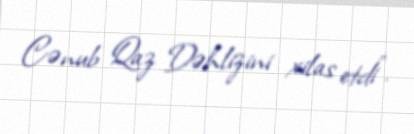
Cənub Qaz Dəhlizini xilas etdi".